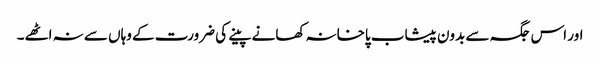
اور اس جگہ سے بدون پیشاب پاخانہ کھانے پینے کی ضرورت کے وہاں سے نہ اٹھے۔